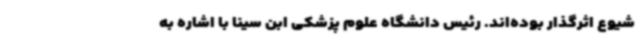
شیوع اثرگذار بوده‌اند. رئیس دانشگاه علوم پزشکی ابن سینا با اشاره به